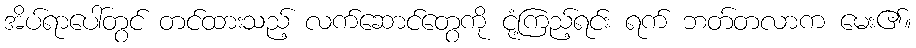
အိပ်ရာပေါ်တွင် တင်ထားသည့် လက်ဆောင်တွေကို ငုံ့ကြည့်ရင်း ရက် ဘတ်တလာက မေး၏။